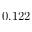
0 . 1 2 2